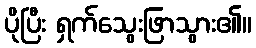
ပိုပြီး ရှက်သွေးဖြာသွား၏။